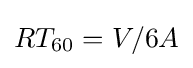
RT_{60}=V/6A